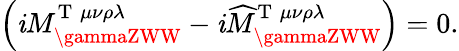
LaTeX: \left(\mathit{i}M_{\gammaZWW}^{\mathrm{{T}}\; \mu\nu\rho\lambda}-\mathit{i}\widehat{{M}}_{\gammaZWW}^{\mathrm{{T}}\; \mu\nu\rho\lambda}\right)=0.